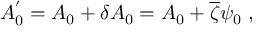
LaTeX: A _ { 0 } ^ { ' } = A _ { 0 } + \delta A _ { 0 } = A _ { 0 } + \overline { { { \zeta } } } \psi _ { 0 } \; ,